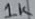
Text: 1K